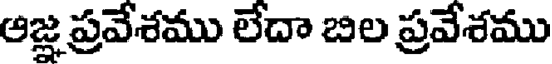
ఆజ్ఞ ప్రవేశము లేదా బిల ప్రవేశము